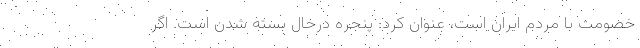
خصومت با مردم ایران است، عنوان کرد: پنجره درحال بسته شدن است. اگر